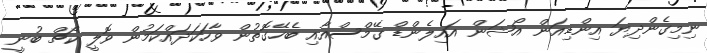
ނިމިގެންދިޔަ އިންޑިއަން އޯޝަން އައިލެންޑް ގޭމްސްއާއި ބެހޭގޮތުން ވާހަކަދައްކަމުން ވޮލީ ކޯޗް ބުނީ